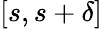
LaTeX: [s,s+\delta]